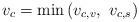
LaTeX: \begin{align*}v_c = \mathrm{min}\left(v_{c,v},~v_{c,s}\right)\end{align*}